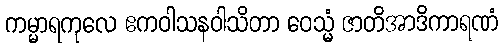
ကမ္မာရကုလေ ဧကဝါသနဝါသိတာ ဝေသ္မံ ဇာတိအာဒိကာရဏံ